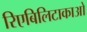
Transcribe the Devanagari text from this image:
रिएबिलिटाकाओ